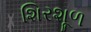
શિરશૂળ